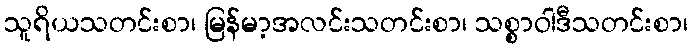
သူရိယသတင်းစာ၊ မြန်မာ့အလင်းသတင်းစာ၊ သစ္စာဝါဒီသတင်းစာ၊